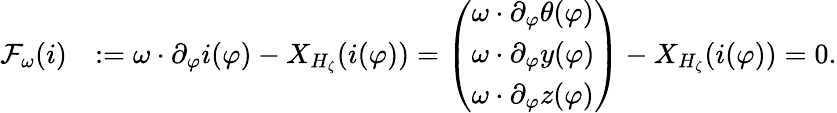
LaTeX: \begin{array}{rl}{\mathcal{F}_{\omega}(i)}&{:=\omega\cdot\partial_{\varphi}i(\varphi)-X_{H_{\zeta}}(i(\varphi))=\left(\begin{array}{l}{\omega\cdot\partial_{\varphi}\theta(\varphi)}\\ {\omega\cdot\partial_{\varphi}y(\varphi)}\\ {\omega\cdot\partial_{\varphi}z(\varphi)}\end{array}\right)-X_{H_{\zeta}}(i(\varphi))=0.}\end{array}